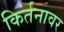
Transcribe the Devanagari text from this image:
किर्तनावर